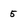
Character: 5